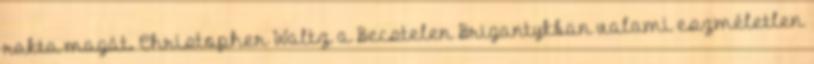
rakta magát. Christopher Waltz a Becstelen Brigantykban valami eszméletlen